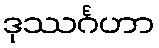
ဒုဿင်္ဂဟာ